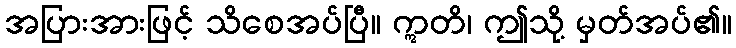
အပြားအားဖြင့် သိစေအပ်ပြီ။ ဣတိ၊ ဤသို့ မှတ်အပ်၏။